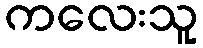
ကလေးသူ